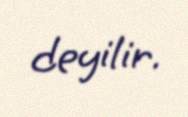
deyilir.